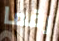
رقما